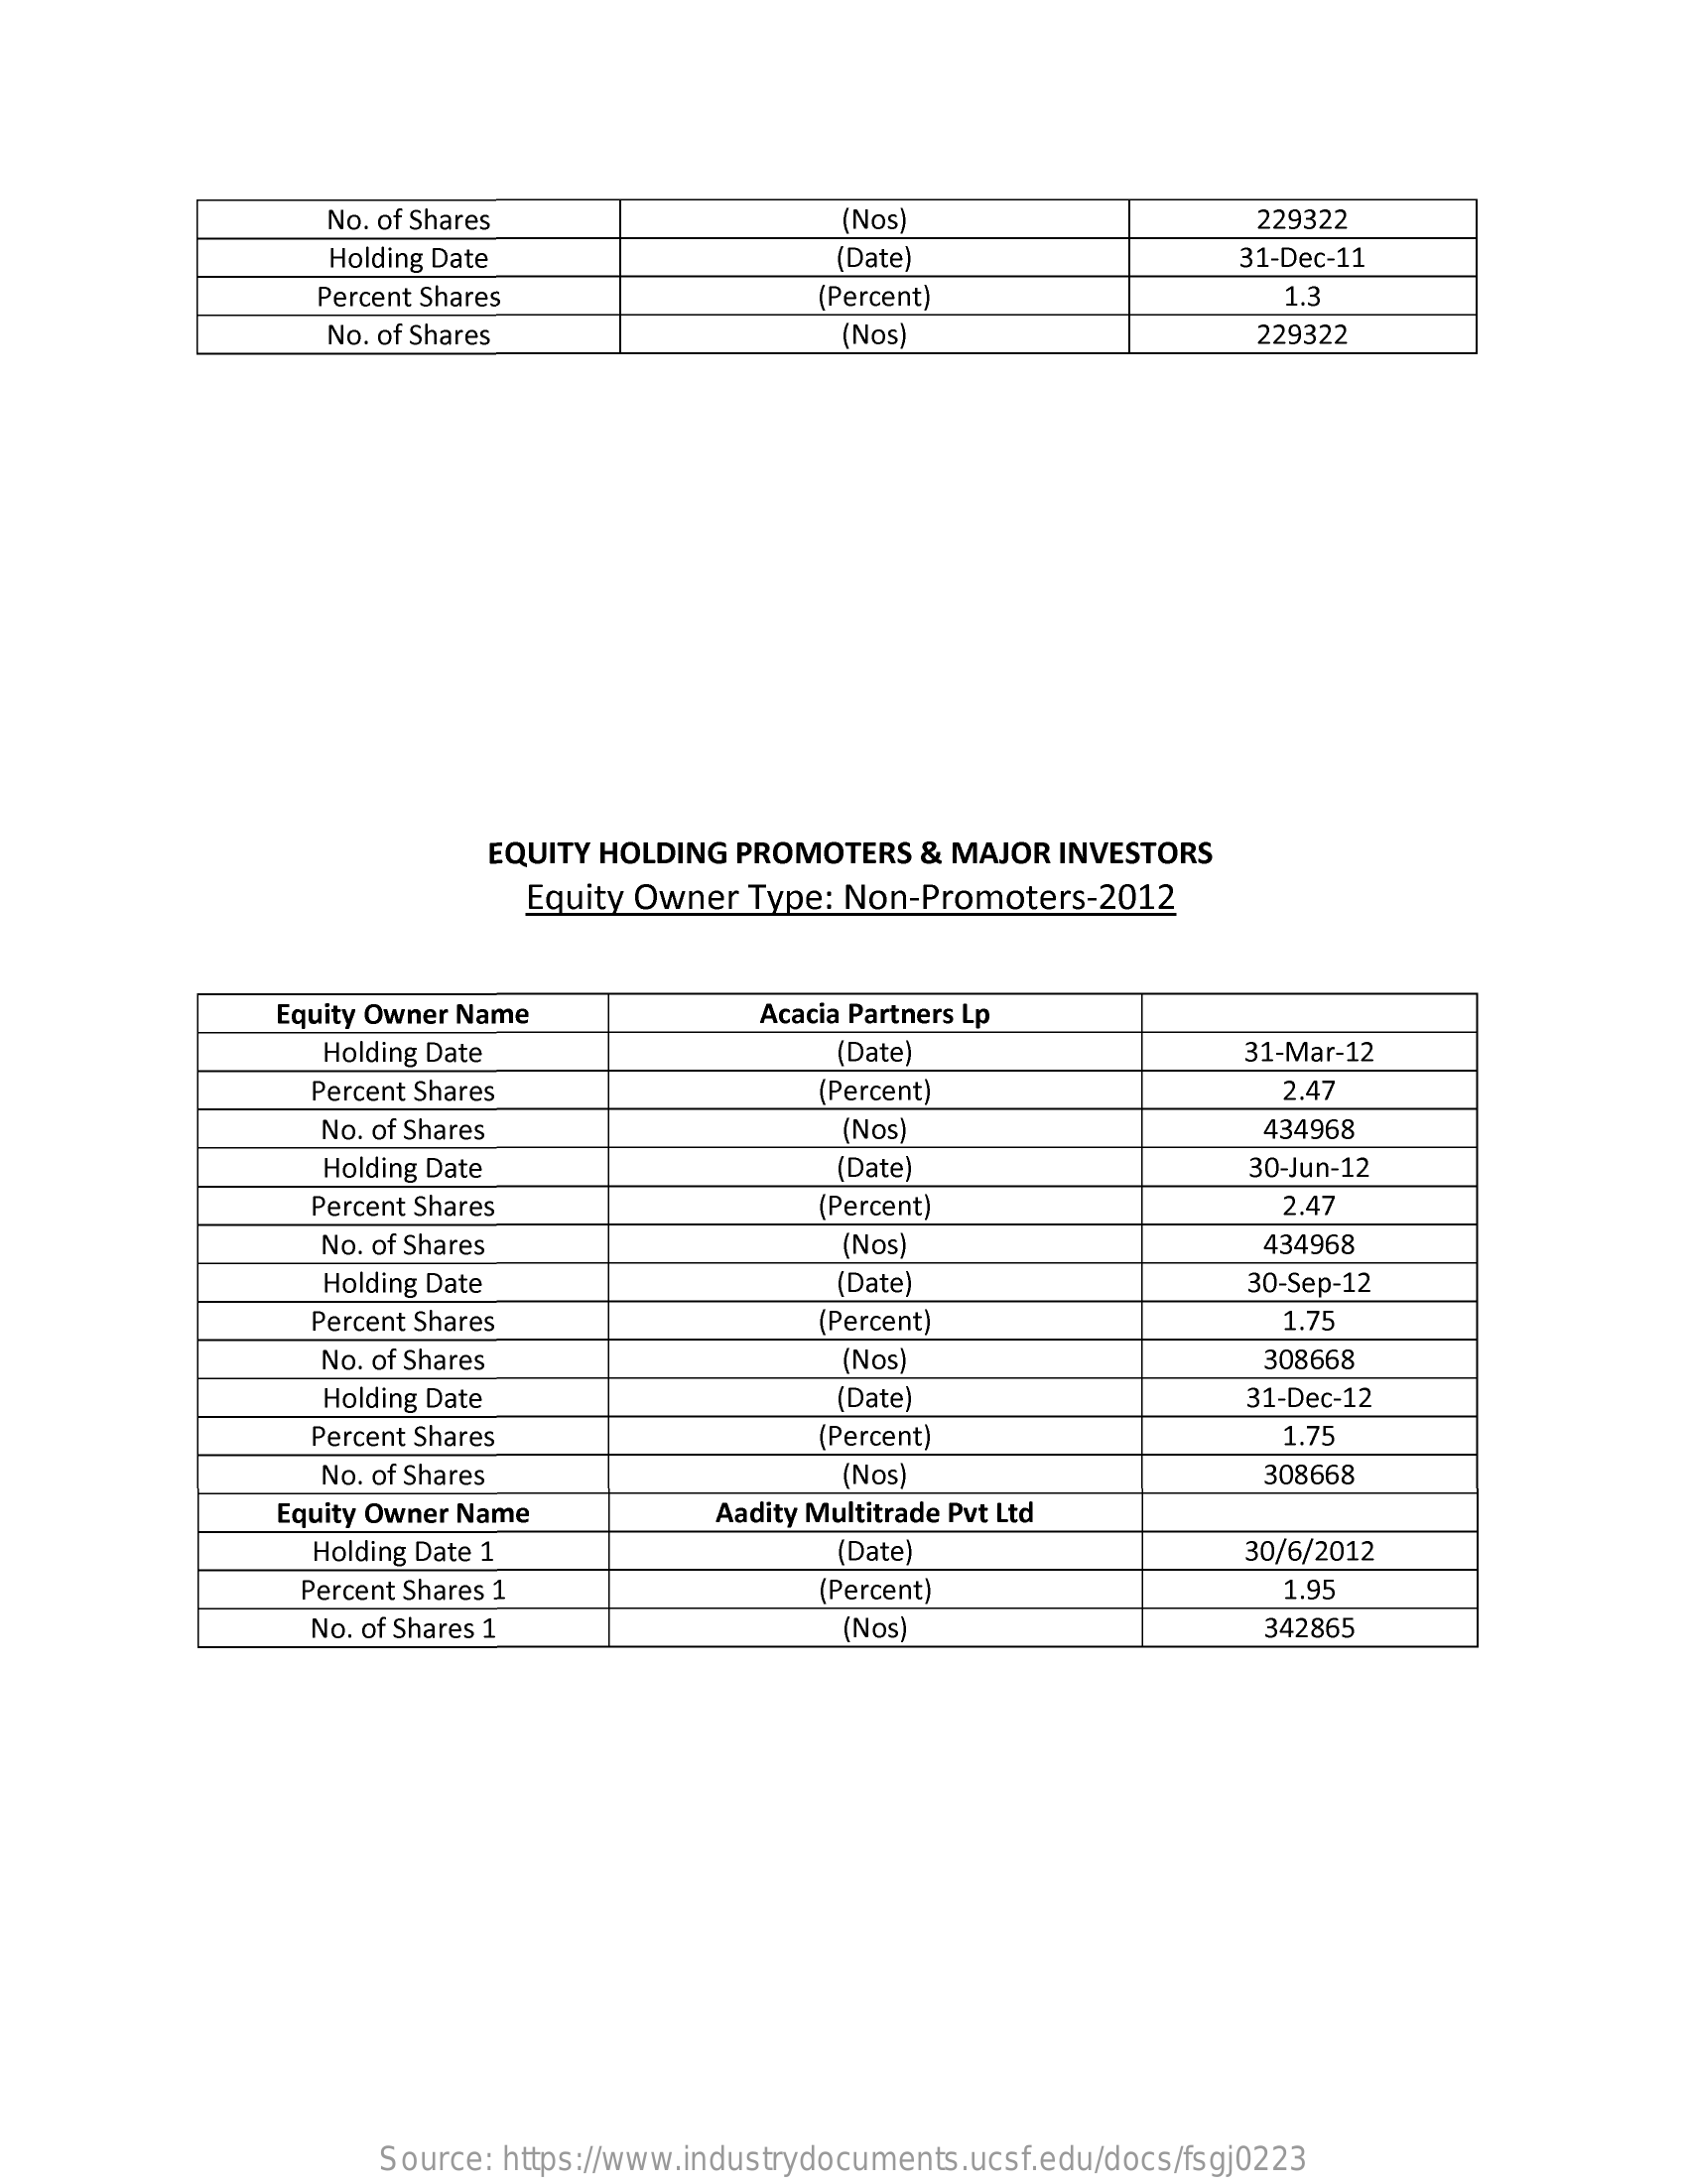
No. of Shares    (Nos)    229322
     Holding Date    (Date)    31-Dec-11
     Percent Shares    (Percent)    1.3
     No. of Shares    (Nos)    229322
     EQUITY HOLDING  PROMOTERS   & MAJOR  INVESTORS
     Equity Owner  Type: Non-Promoters-2012
     Equity Owner Name    Acacia Partners Lp
     Holding Date    (Date)    31-Mar-12
     Percent Shares    (Percent)    2.47
     No. of Shares    (Nos)    434968
     Holding Date    (Date)    30-Jun-12
     Percent Shares    (Percent)    2.47
     No. of Shares    (Nos)    434968
     Holding Date    (Date    30-Sep-12
     Percent Shares    (Percent)    1.75
     No. of Shares    (Nos)    308668
     Holding Date    (Date)    31-Dec-12
     Percent Shares    (Percent)    1.75
     No. of Shares    (Nos)    308668
     Equity Owner Name    Aadity Multitrade Pvt Ltd
     Holding Date 1    (Date    30/6/2012
     Percent Shares 1    (Percent)    1.95
     No. of Shares 1    (Nos)    342865
     Source: https://www.industrydocuments.ucsf.edu/docs/fsgj0223